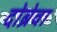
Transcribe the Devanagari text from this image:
दोब्रेवा